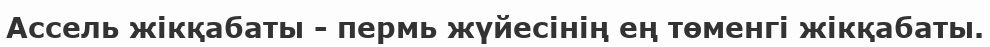
Ассель жікқабаты - пермь жүйесінің ең төменгі жікқабаты.